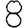
Digit: 8